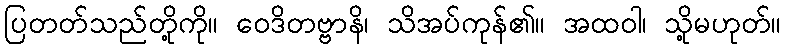
ပြတတ်သည်တို့ကို။ ဝေဒိတဗ္ဗာနိ၊ သိအပ်ကုန်၏။ အထဝါ၊ သို့မဟုတ်။